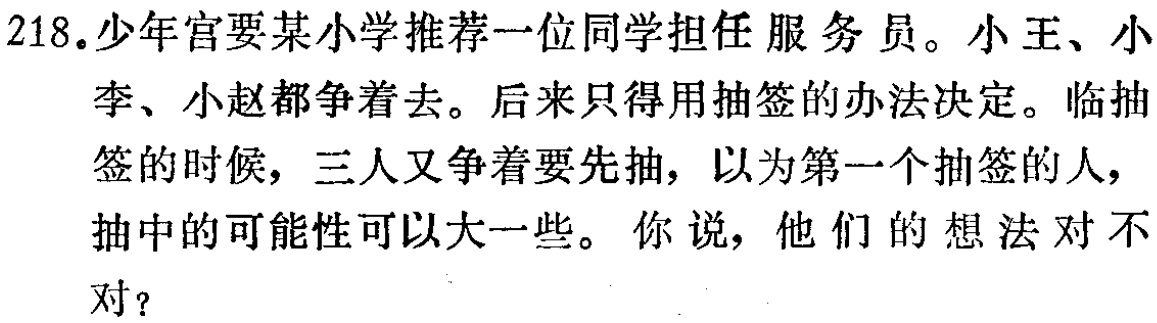
218.少年宫要某小学推荐一位同学担任服务员。小王、小李、小赵都争着去。后来只得用抽签的办法决定。临抽签的时候，三人又争着要先抽，以为第一个抽签的人，抽中的可能性可以大一些。你说，他们的想法对不对？